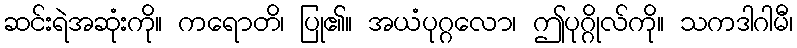
ဆင်းရဲအဆုံးကို။ ကရောတိ၊ ပြု၏။ အယံပုဂ္ဂလော၊ ဤပုဂ္ဂိုလ်ကို။ သကဒါဂါမီ၊